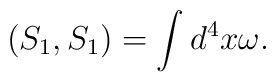
\left( S_{1},S_{1}\right) =\int d^{4}x\omega .